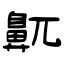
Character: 鼿